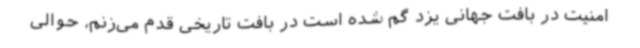
امنیت در بافت جهانی یزد گم شده است در بافت تاریخی قدم می‌زنم، حوالی